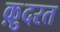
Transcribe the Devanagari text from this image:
क़़ुदरत